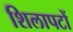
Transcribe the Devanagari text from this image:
शिलापटों